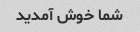
شما خوش آمدید